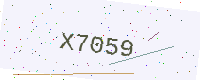
Text: X7059